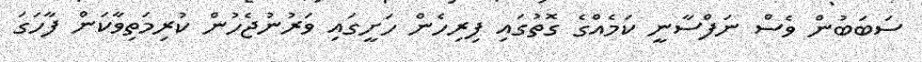
ސަބަބުން ވެސް ނަފްސާނީ ކަމެއްގެ ގޮތުގައި ފިރިހެން ހަށީގައި ވަރުނުޖެހުން ކުރިމަތިވާކަން ފާހަގަ